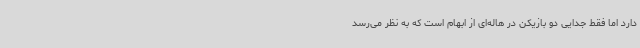
دارد اما فقط جدایی دو بازیکن در هاله‌ای از ابهام است که به نظر می‌رسد